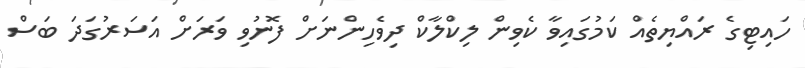
ހައިޓިގެ ރައްޔިތެއް ކަމުގައިވާ ކެވިން ލިކްލާކް ދިވެހިންނަށް ފޮނުވި ވަރަށް އަސަރުގަދަ ބަސް